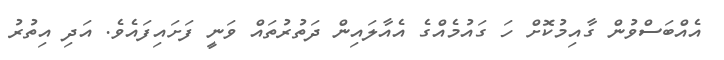
އެއްބަސްވުން ގާއިމުކޮށް ހަ ގައުމެއްގެ އެއާލައިން ދަތުރުތައް ވަނީ ފަށައިފައެވެ. އަދި އިތުރު